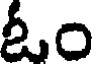
ఓం